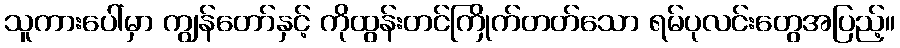
သူကားပေါ်မှာ ကျွန်တော်နှင့် ကိုထွန်းတင်ကြိုက်တတ်သော ရမ်ပုလင်းတွေအပြည့်။